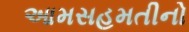
આમસહમતીનો